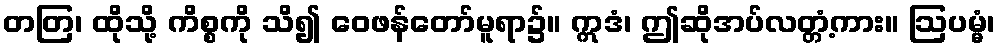
တတြ၊ ထိုသို့ ကိစ္စကို သိ၍ ဝေဖန်တော်မူရာ၌။ ဣဒံ၊ ဤဆိုအပ်လတ္တံ့ကား။ ဩပမ္မံ၊